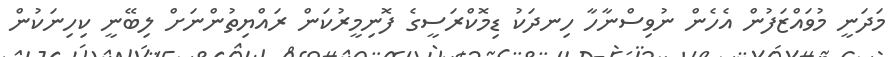
މަދަނީ މުވައްޒަފުން އެހެން ނުވިސްނާހާ ހިނދަކު ޑިމޮކްރަސީގެ ފޮނިމީރުކަން ރައްޔިތުންނަށް ލިބޭނީ ކިހިނަކުން